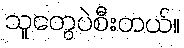
သူတွေပဲစီးတယ်။